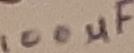
Text: 100µF